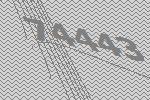
74443